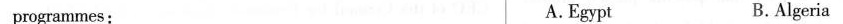
programmes: A.Egypt B.Algeria